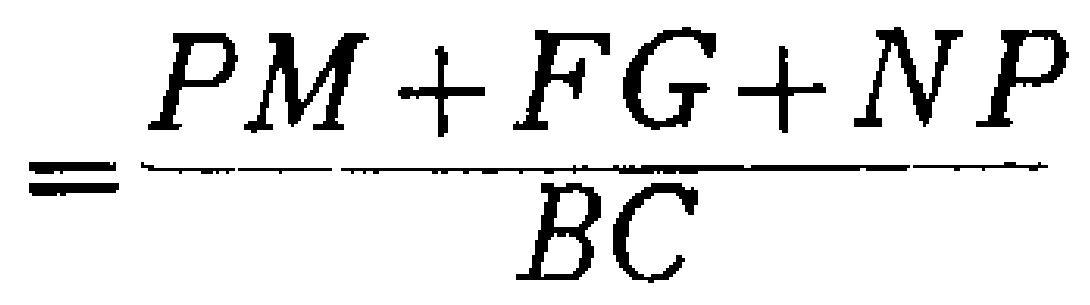
\[=\frac{PM + FG+NP}{BC}\]